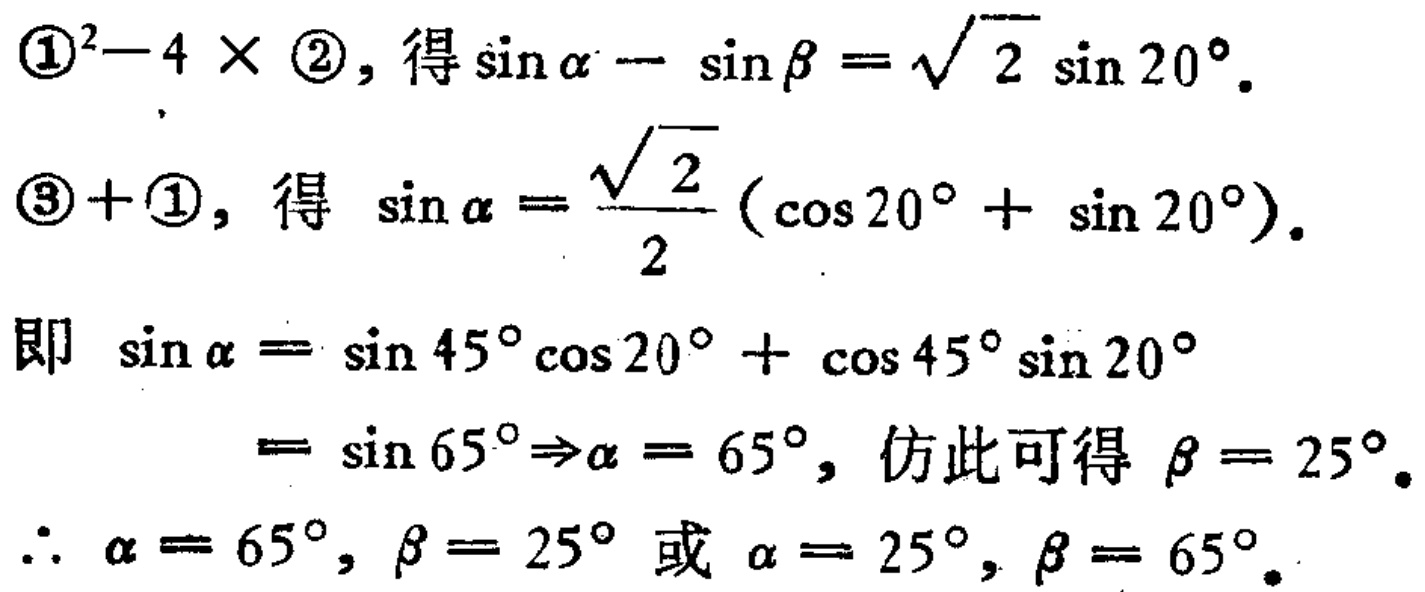
\begin{align*}
&\textcircled{1}^2 - 4\times\textcircled{2},\text{ 得 }\sin\alpha - \sin\beta=\sqrt{2}\sin20^{\circ}.\\
&\textcircled{3}+\textcircled{1},\text{ 得 }\sin\alpha=\frac{\sqrt{2}}{2}(\cos20^{\circ}+\sin20^{\circ}).\\
&\text{即 }\sin\alpha&=\sin45^{\circ}\cos20^{\circ}+\cos45^{\circ}\sin20^{\circ}\\
&&=\sin65^{\circ}\Rightarrow\alpha = 65^{\circ},\text{ 仿此可得 }\beta = 25^{\circ}.\\
&\therefore\alpha = 65^{\circ},\beta = 25^{\circ}\text{ 或 }\alpha = 25^{\circ},\beta = 65^{\circ}.
\end{align*}